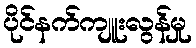
ပိုင်နက်ကျူးလွန်မှု